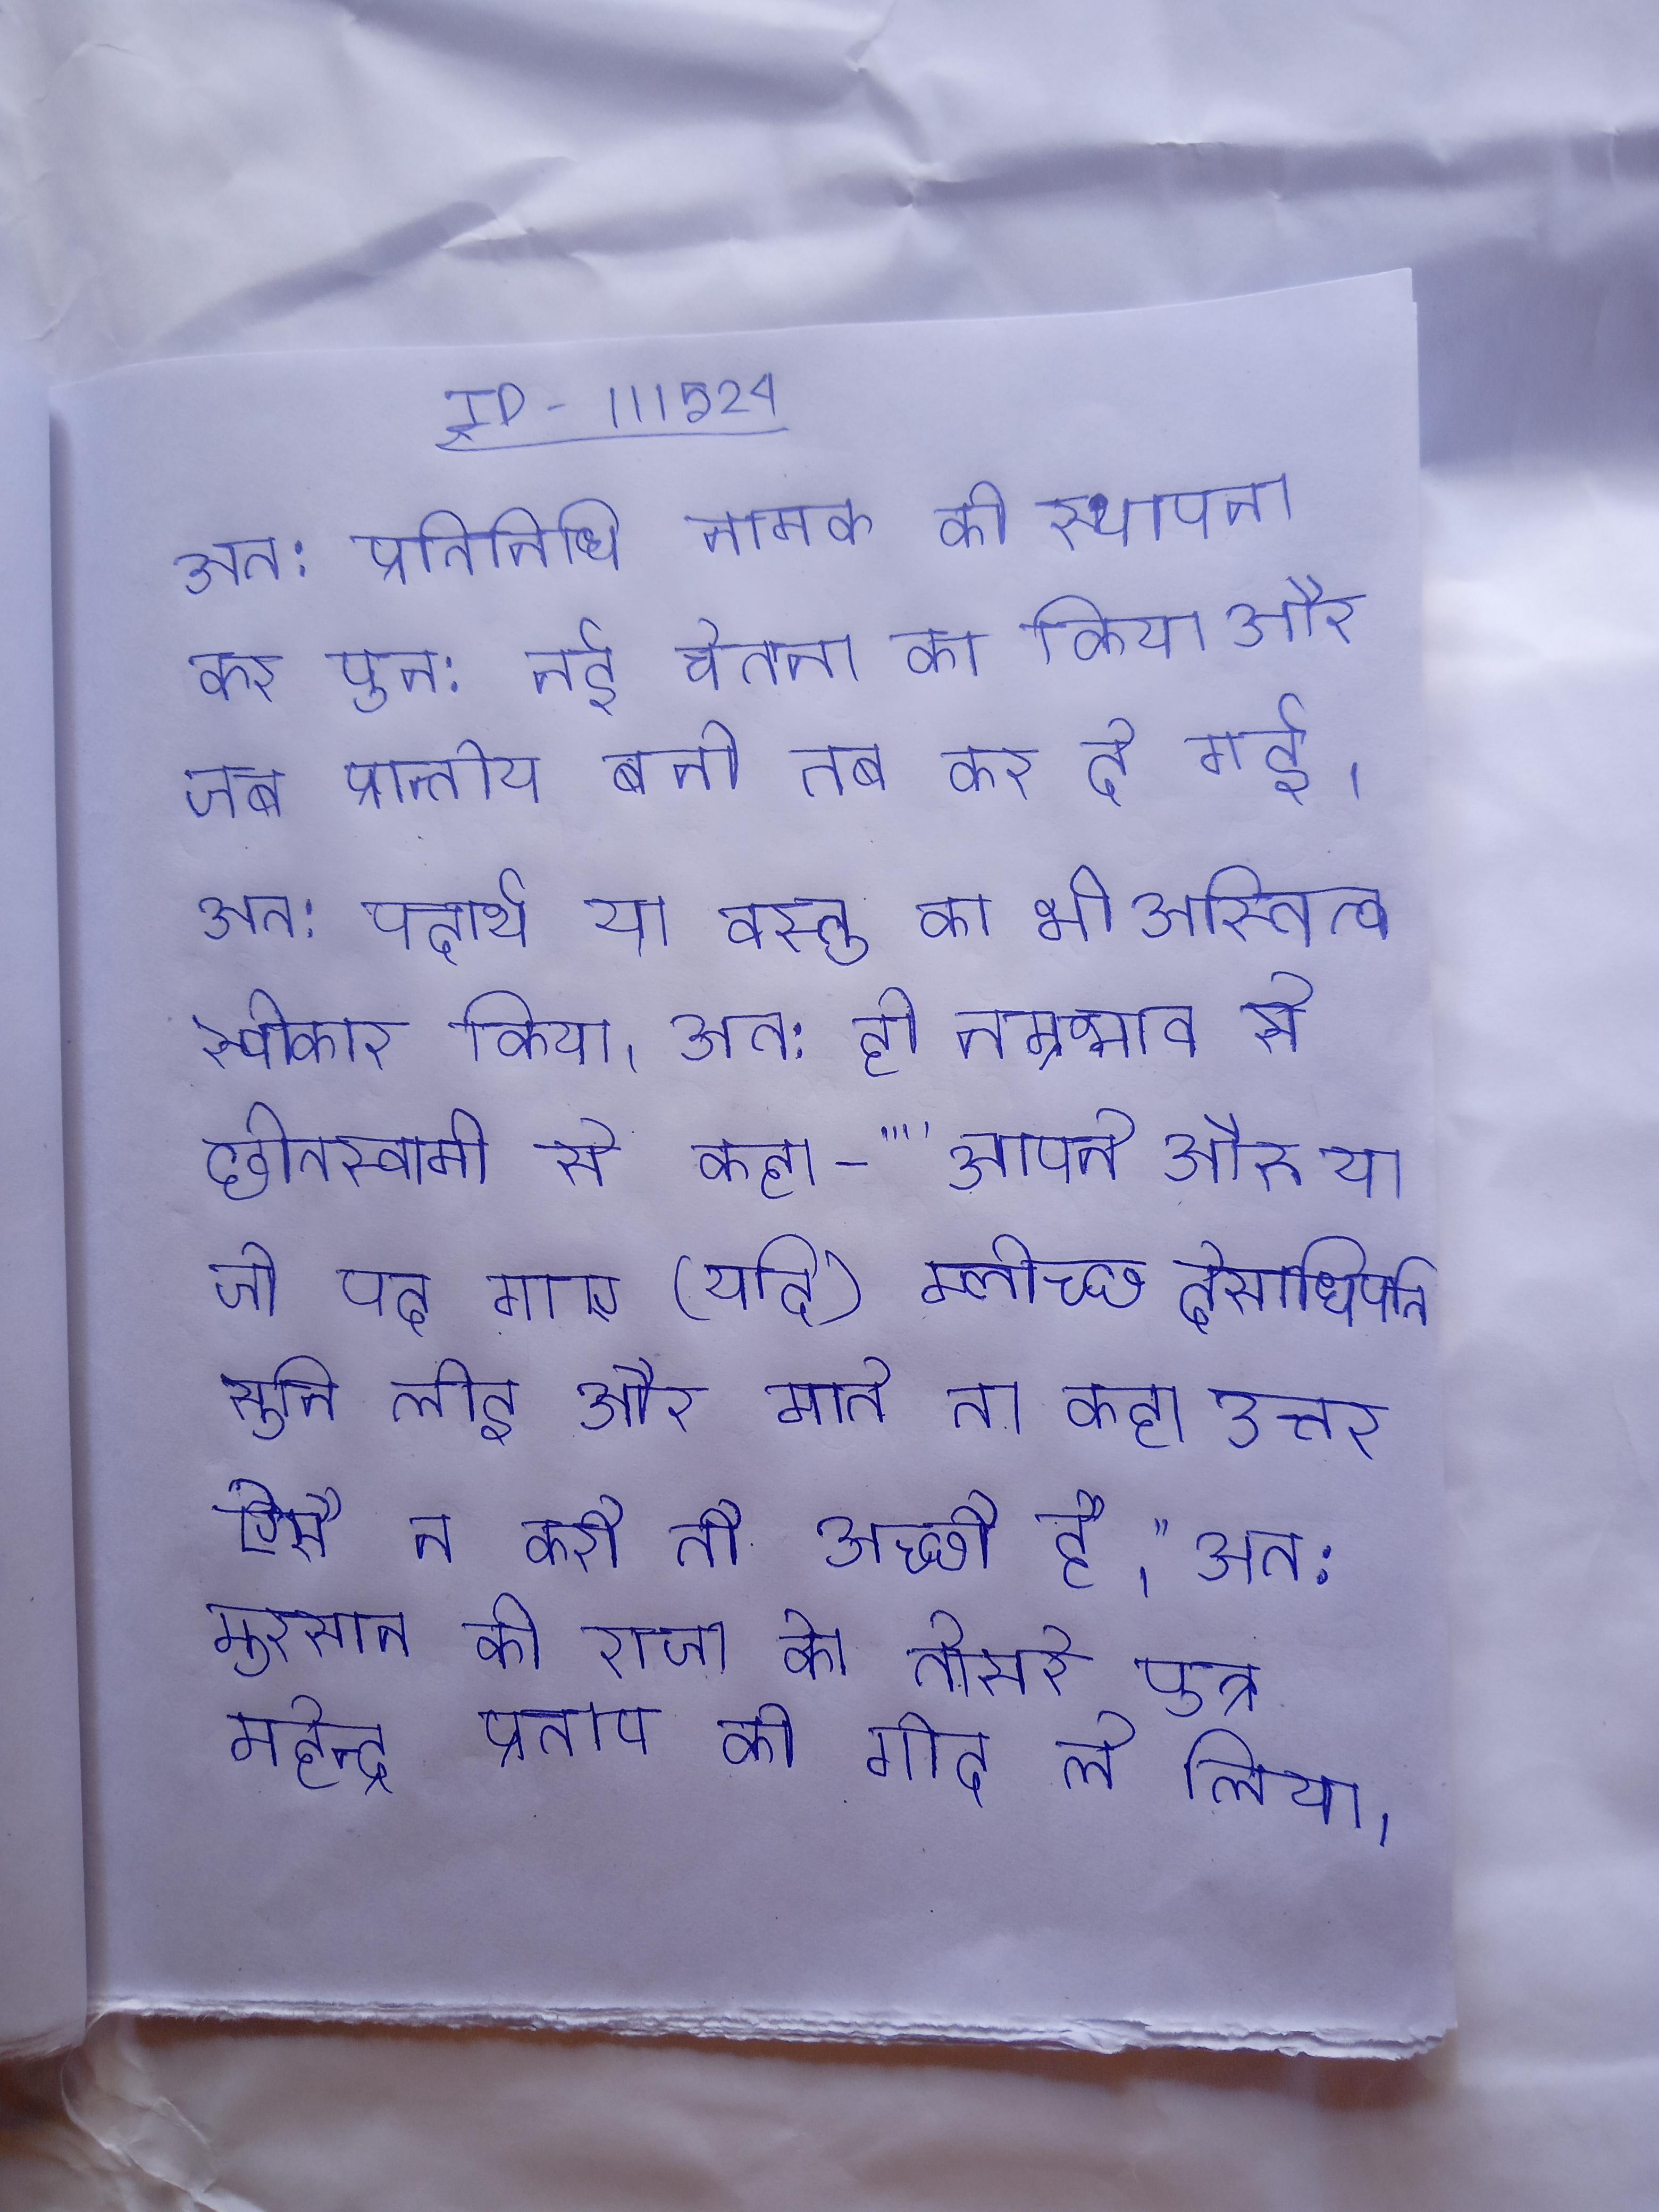
अत: प्रतिनिधि नामक की स्थापना कर पुन: नई चेतना का किया और जब प्रान्तीय बनी तब कर दी गई । अत: पदार्थ या वस्तु का भी अस्तित्व स्वीकार किया । अत: ही नम्रभाव से छीतस्वामी से कहा- ""आपने औरु या जो पद गाए, (यदि) म्लेच्छ देसाधिपति सुनि लेइ और माते तो कहा उत्तर सो ऐसै न करौ तौ अच्छौ है।" अत: मुरसान के राजा के तीसरे पुत्र महेन्द्र प्रताप को गोद ले लिया ।